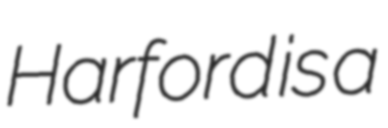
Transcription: Harford is a